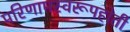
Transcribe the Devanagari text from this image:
परिणामस्वरूपहोती